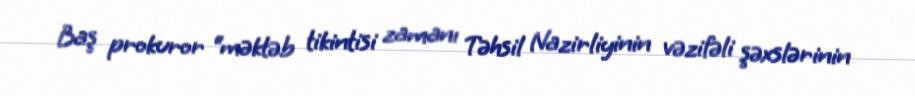
Baş prokuror “məktəb tikintisi zamanı Təhsil Nazirliyinin vəzifəli şəxslərinin